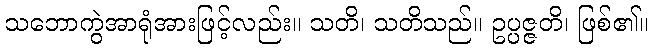
သဘောကွဲအာရုံအားဖြင့်လည်း။ သတိ၊ သတိသည်။ ဥပ္ပဇ္ဇတိ၊ ဖြစ်၏။